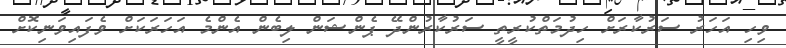
ވިހި އަހަރު ސަރުކާރަށް ހިދުމަތްކުރީތީ ސަރުކާރުންދޭ ޕެންޝަން ލިބެން އެންމެ އަހަރަކަށް ވެފައިވަނިކޮށް